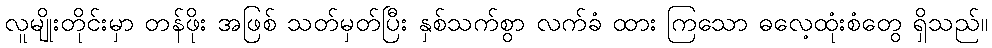
လူမျိုးတိုင်းမှာ တန်ဖိုး အဖြစ် သတ်မှတ်ပြီး နှစ်သက်စွာ လက်ခံ ထား ကြသော ဓလေ့ထုံးစံတွေ ရှိသည်။